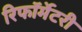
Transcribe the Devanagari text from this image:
रिफॉर्मेटरी